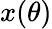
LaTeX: x(\theta)